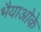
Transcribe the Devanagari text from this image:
भैयाओके